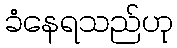
ခံနေရသည်ဟု